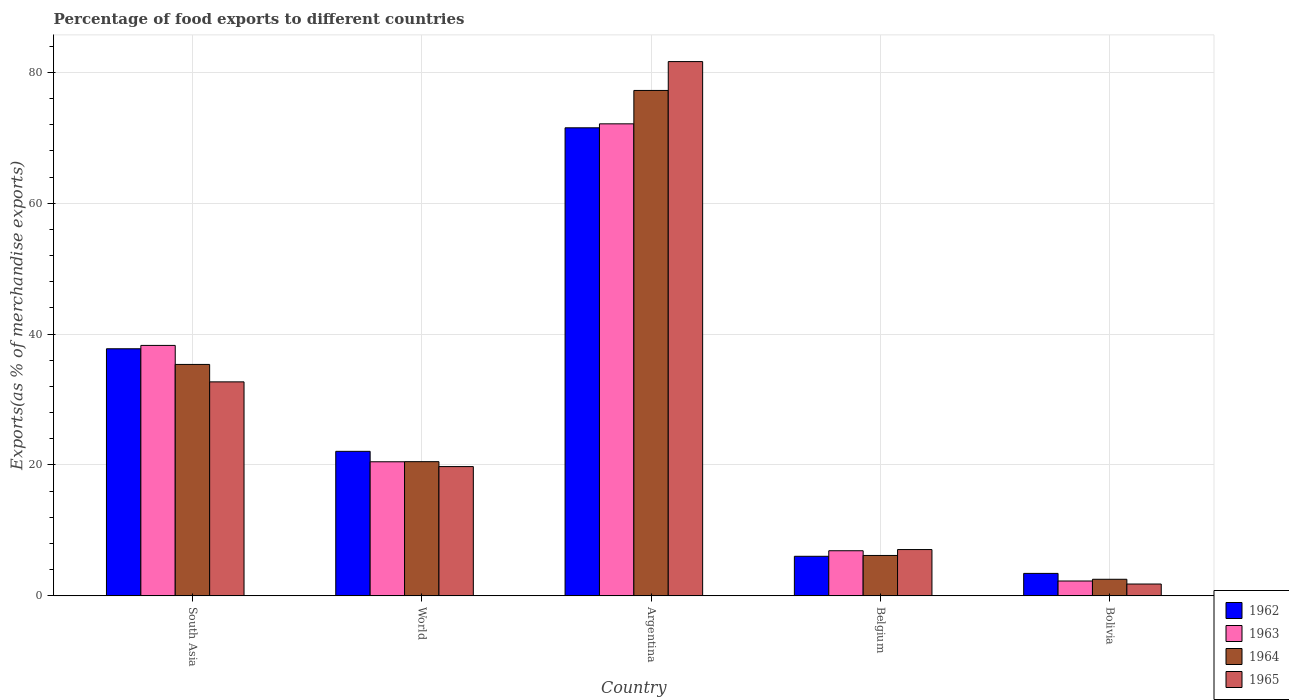
| Country | 1962 | 1963 | 1964 | 1965 |
 | --- | --- | --- | --- | --- |
 | South Asia | 37.8 | 38.3 | 35.4 | 32.7 |
 | World | 22.1 | 20.5 | 20.5 | 19.8 |
 | Argentina | 71.5 | 72.1 | 77.2 | 81.6 |
 | Belgium | 6.04 | 6.89 | 6.17 | 7.07 |
 | Bolivia | 3.43 | 2.27 | 2.53 | 1.81 |